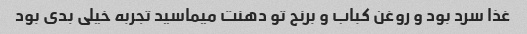
غذا سرد بود و روغن کباب و برنج تو دهنت میماسید تجربه خیلی بدی بود